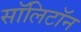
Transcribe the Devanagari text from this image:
सॉलिटॉन